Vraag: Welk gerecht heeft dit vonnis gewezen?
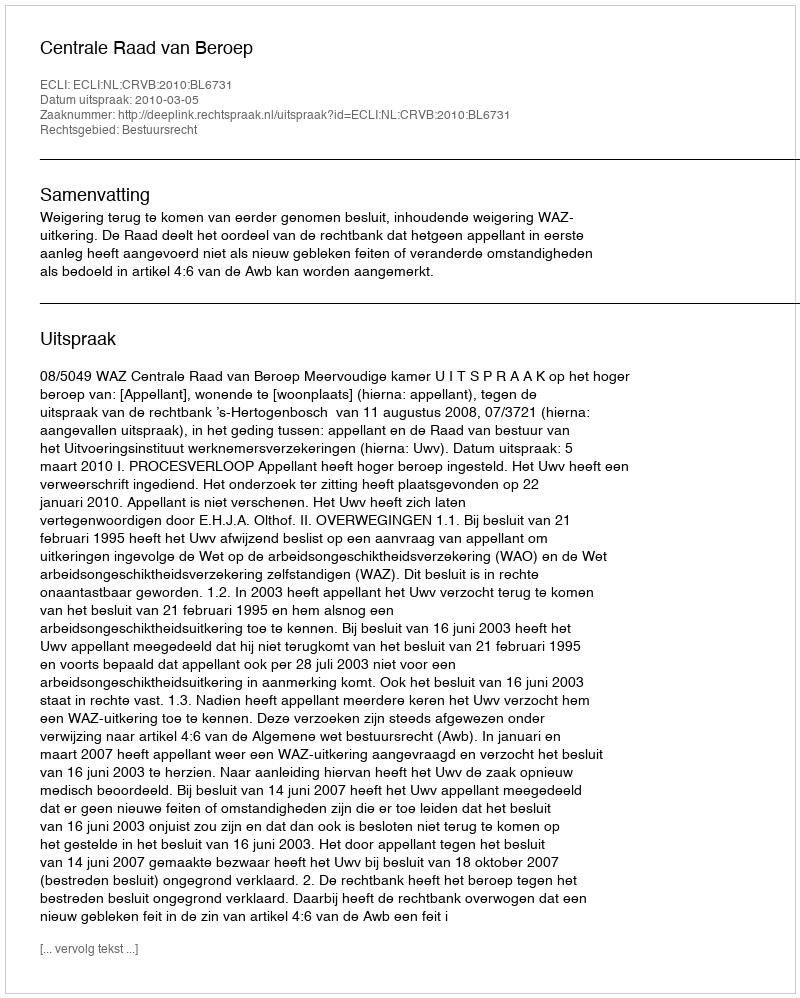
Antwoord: Centrale Raad van Beroep